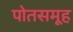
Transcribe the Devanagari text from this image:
पोतसमूह